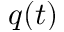
q ( t )